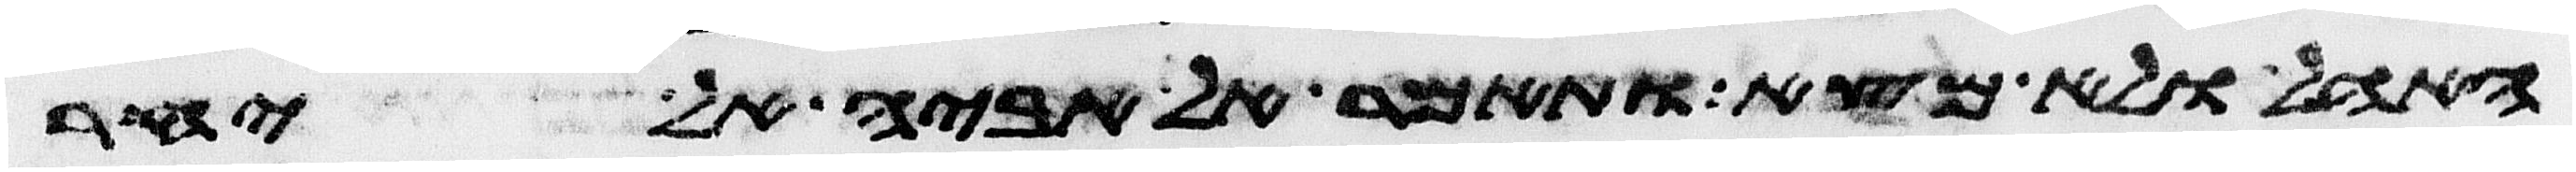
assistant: האהל ולא מצא ותאמר אל אביה אל יחר